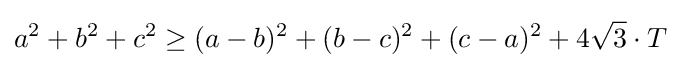
a^{2}+b^{2}+c^{2}\geq (a-b)^{2}+(b-c)^{2}+(c-a)^{2}+4{\sqrt {3}}\cdot T